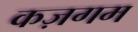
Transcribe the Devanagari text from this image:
कज़गम